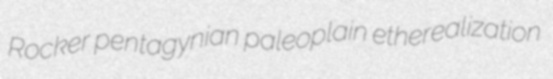
Rocker pentagynian paleoplain etherealization